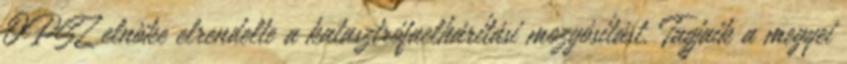
OPSZ elnöke elrendelte a katasztrófaelhárítási mozgósítást. Tagjaik a megyei